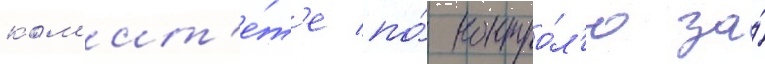
ком'ит'е́т'е по́ контро́л'ю за́